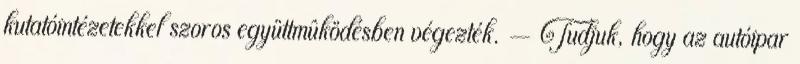
kutatóintézetekkel szoros együttmûködésben végezték. — Tudjuk, hogy az autóipar